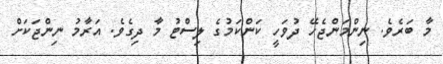
މާ ބަރެވެ. ނިންމަންޖެހޭ ދުވަހީ ކަންކަމުގެ ލިސްޓު މާ ދިގެވެ. އަރާމު ނިންޖަކަށް